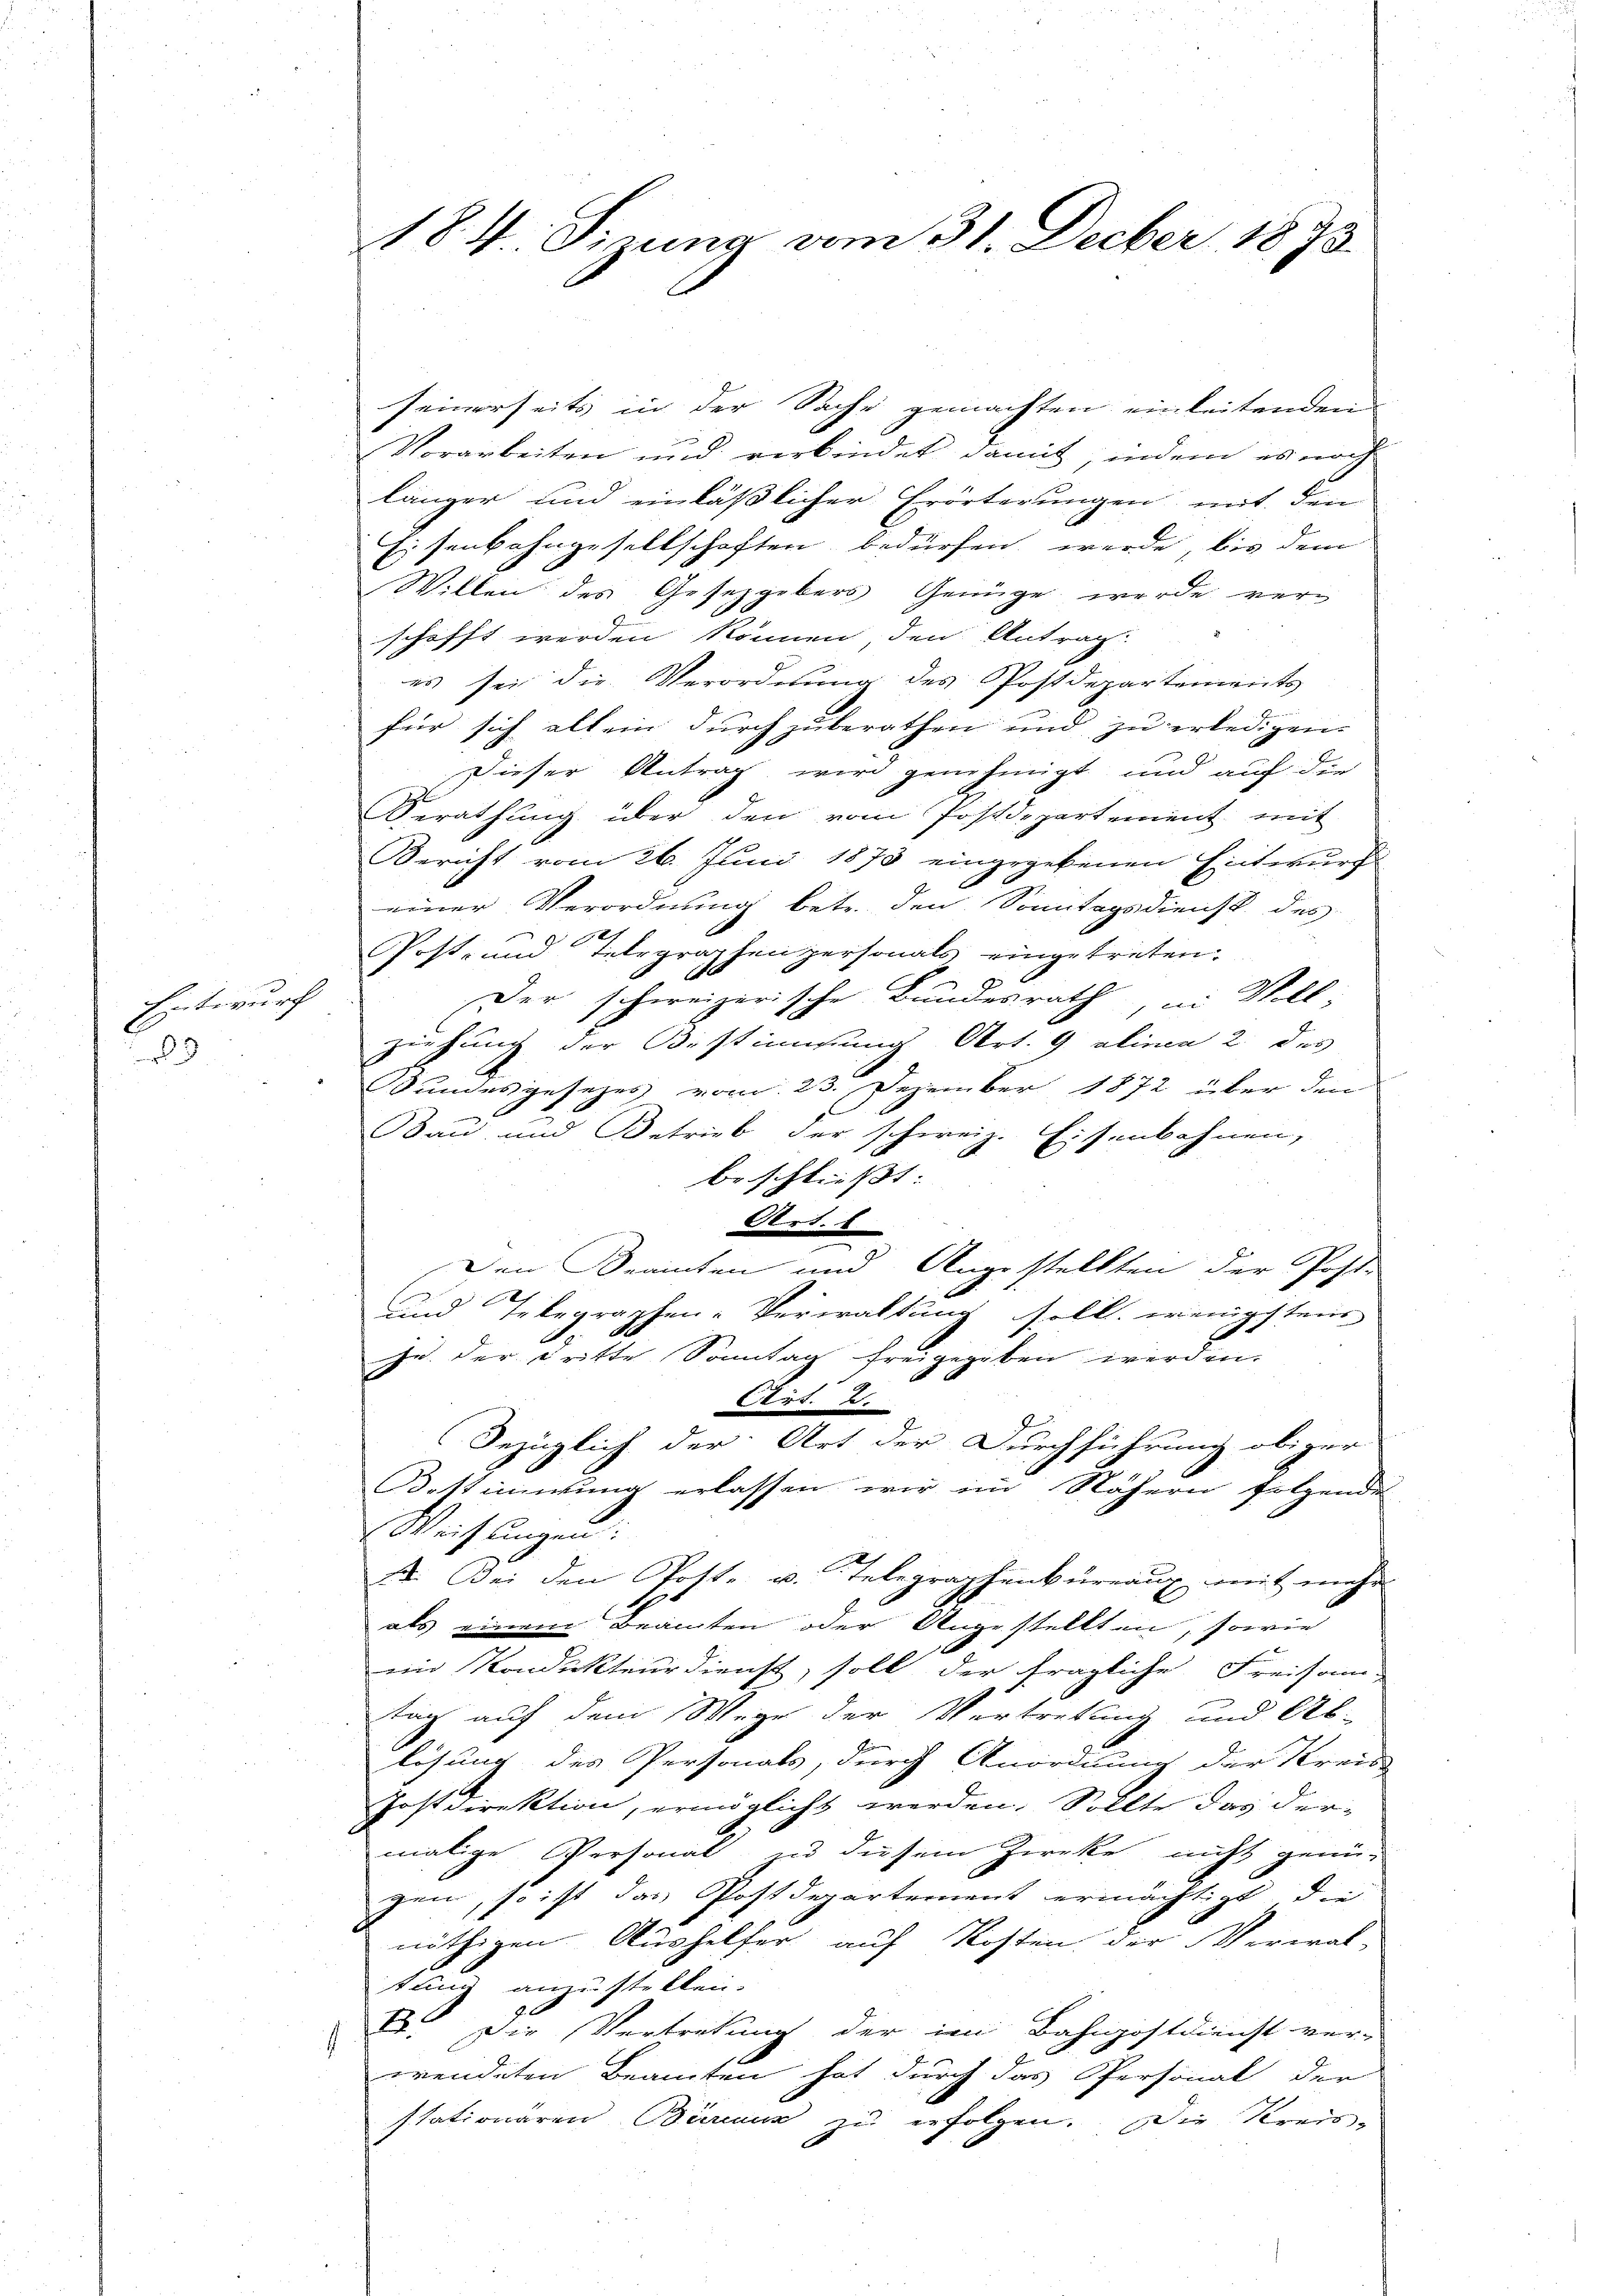
Entwurf

seinerseits in der Sache gemachten einleitenden
Vorarbeiten und verbindet damit, indem es noch
länger und einläßlicher Erörterungen mit den
Eisenbahngesellschaften bedürfen werde, bis dem
Willen des Gesetzgebers Genüge wurde verschafft werden können, den Antrag:
es sei die Verordnung des Postdepartements
für sich allein durch zuberathen und zu erledigen.
Dieser Antrag wird genehmigt und auf der
Berathung über den vom Postdepartement mit
Bericht vom 26. Juni 1873 eingegebenen Entwurf
einer Verordnung betr. den Sonntagsdienst des
g
Post- und Telegraphen personals eingetreten.
9
Der schweizerische Bundesrath in Will
ziehung der Bestimmung Art. 9 alinea 2 des
SSundesgesezes vom 23. Dezember 1872 über den
Bau und Betrieb der schweiz. Eisenbahnen,
beschliesst:
Art. 8
Den Beamten und Angestellten der Post-
und Telegraphen-Verwaltung soll. wenigstens
zu der dritte Sonntag freigegeben werden.
115. De
Bezüglich der Art der Durchführung obiger
Kostinirung erlassen wir im Nähern folgende
Weisungen.
2. Bei den Post- u. Telegraphenbureaux mit mehr
d
als einem Beamten oder Angestellten, sowie
ein Kondukteur dienst, soll der fragliche Freisam
tag auf dem Wege der Vertretung und Ab-
lösung des Personals, durch Anordnung der Kreis-
Postdirektion, ermöglicht werden. Sollte das der-
malige Personal in diesem Zweke nicht genü-
gen, so ist das Postdepartement ermächtigt, die
nöthigen Aushelfer auf Kosten der Verwal-
tung anstellen.
D. Der Vertretung der im Bahnpostdienst ver-
wendeten Beamten hat durch das Personal der
stationaren Bärenuz zŭ erfolgen. Die Kreis-

184. Sizung vom 31. Decber 1873.